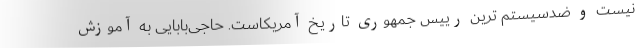
نیست و ضدسیستم ترین رییس جمهوری تاریخ آمریکاست. حاجی‌بابایی به آموزش